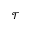
\mathcal { T }